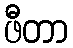
ဖီတာ